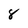
Character: 8